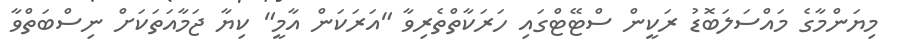
މިޔަންމާގެ މައްސަލަބޮޑު ރަކީން ސްޓޭޓްގައި ހަރަކާތްތެރިވާ "އަރަކަން އާމީ" ކިޔާ ޖަމާއަތަކަށް ނިސްބަތްވާ